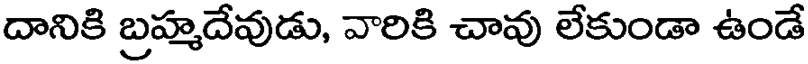
దానికి బ్రహ్మదేవుడు, వారికి చావు లేకుండా ఉండే